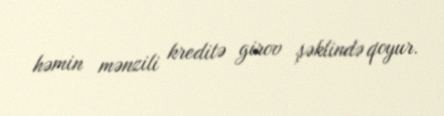
həmin mənzili kreditə girov şəklində qoyur.